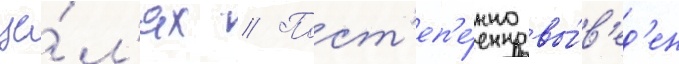
це́л'ях // Пост'еп'е́нно вы́в'ед'ен